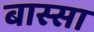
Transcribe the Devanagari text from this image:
बास्सा